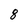
Character: 8